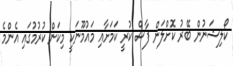
ކޯލިޝަނުން ބޭރު ކޮށްލަން ފާސް ކުރީ ކަމަށާއި މައުމޫނަކީ މިކަން ކުރުމުގައި އެންމެ